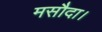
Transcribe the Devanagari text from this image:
मसौदा।